Source: Handwritten
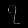
Digit: ၇ (7)